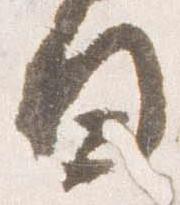
日